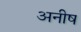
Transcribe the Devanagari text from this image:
अनीष